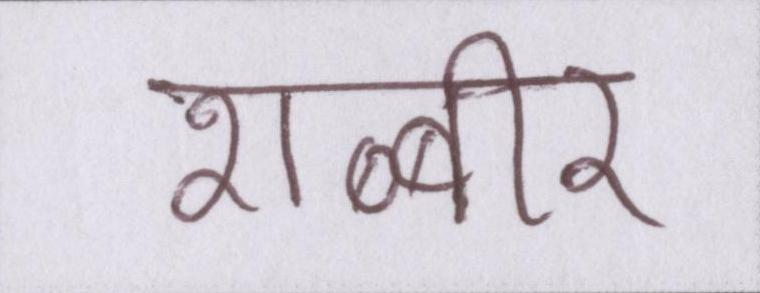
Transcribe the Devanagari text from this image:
शब्बीर